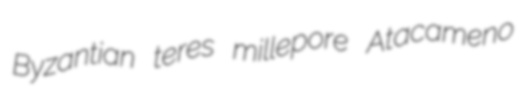
Byzantian teres millepore Atacameno